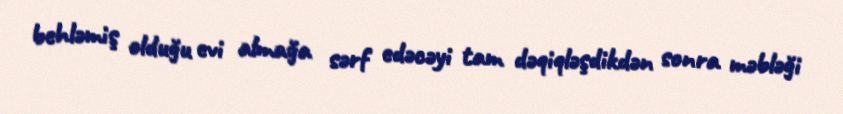
behləmiş olduğu evi almağa sərf edəcəyi tam dəqiqləşdikdən sonra məbləği